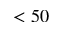
< 5 0